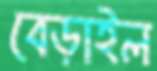
বেড়াইল